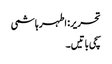
تحریر: اطہر ہاشمی
سچی باتیں۔